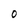
Character: 0